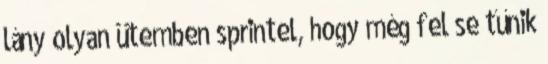
lány olyan ütemben sprintel, hogy még fel se tűnik